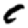
Digit: 0